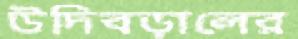
উদিবড়ালের